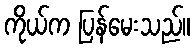
ကိုယ်က ပြန်မေးသည်။